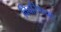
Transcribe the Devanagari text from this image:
विवरिणयों